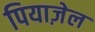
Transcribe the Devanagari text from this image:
पियाज़ेल